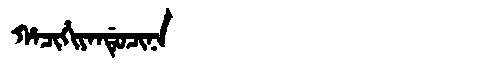
Manchu: ᡥᠠᠴᡳᡥᡳᠶᠠᠨᡩᡠᠴᡳᠨᠠ
Romanization: HACIHIYANDUCINA